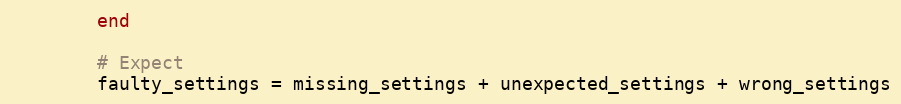
Language: Ruby
        end

        # Expect
        faulty_settings = missing_settings + unexpected_settings + wrong_settings